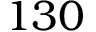
1 3 0